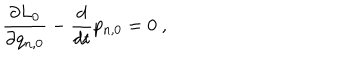
LaTeX: \frac { \partial L _ { 0 } } { \partial q _ { n , 0 } } - \frac { d } { d t } p _ { n , 0 } = 0 \ ,